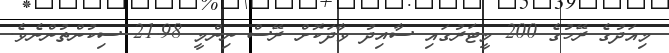
މިއަދުގެ ރޭހުގެ 200 މީޓަރުގައި ސާއިދު ވާދަކޮށް ރޭސް ނިންމީ 21.98 ސިކުންތުންނެވެ.